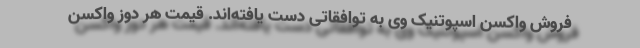
فروش واکسن اسپوتنیک وی به توافقاتی دست یافته‌اند. قیمت هر دوز واکسن